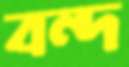
বন্দ